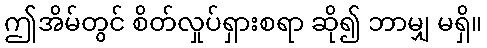
ဤအိမ်တွင် စိတ်လှုပ်ရှားစရာ ဆို၍ ဘာမျှ မရှိ။